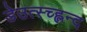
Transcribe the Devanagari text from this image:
डेउत्स्च्ह्लन्द